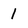
Character: 1